King Institute of Preventive Medicine Bacteriolog. Section reports 1907-08
Year: 1907
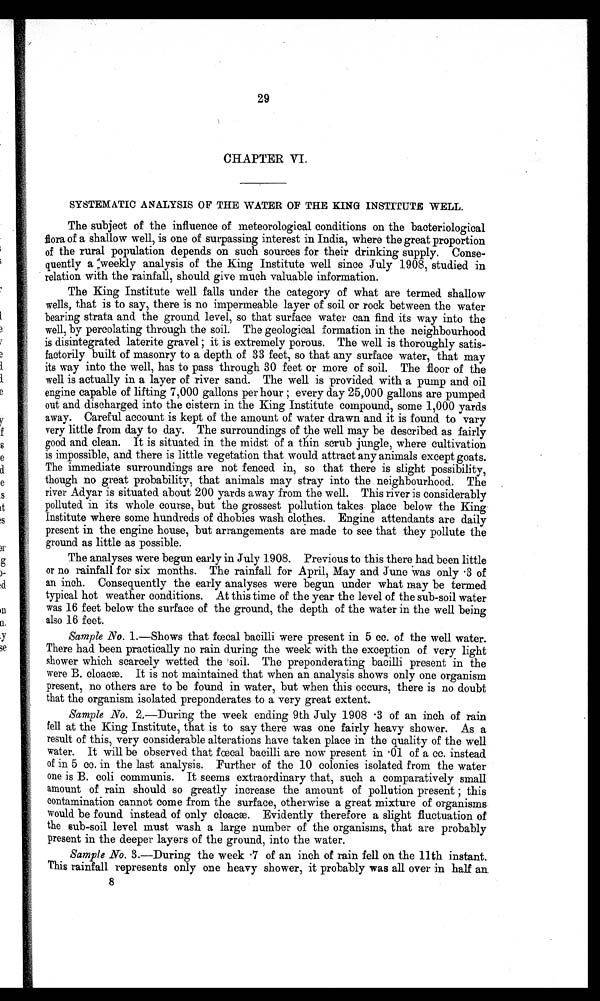
29
CHAPTER VI.
SYSTEMATIC ANALYSIS OF THE WATER OF THE KING INSTITUTE WELL.
The subject of the influence of meteorological conditions on the bacteriological
flora of a shallow well, is one of surpassing interest in India, where the great proportion
of the rural population depends on such sources for their drinking supply. Conse-
quently a :weekly analysis of the King Institute well since July 1908, studied in
relation with the rainfall, should give much valuable information.
The King Institute well falls under the category of what are termed shallow
wells, that is to say, there is no impermeable layer of soil or rock between the water
bearing strata and the ground level, so that surface water can find its way into the
well, by percolating through the soil. The geological formation in the neighbourhood
is disintegrated laterite gravel; it is extremely porous. The well is thoroughly satis-
factorily built of masonry to a depth of 33 feet, so that any surface water, that may
its way into the well, has to pass through 30 feet or more of soil. The floor of the
well is actually in a layer of river sand. The well is provided with a pump and oil
engine capable of lifting 7,000 gallons per hour; every day 25,000 gallons are pumped
out and discharged into the cistern in the King Institute compound, some 1,000 yards
away. Careful account is kept of the amount of water drawn and it is found. to vary
very little from day to day. The surroundings of the well may be described as fairly
good and. clean. It is situated in the midst of a thin scrub jungle, where cultivation
is impossible, and. there is little vegetation that would attract any animals except goats.
The immediate surroundings are not fenced. in, so that there is slight possibility,
though no great probability, that animals may stray into the neighbourhood.. The
river Adyar is situated about 200 yards away from the well. This river is considerably
polluted. in its whole course, but the grossest pollution takes place below the King
Institute where some hundreds of dhobies wash clothes. Engine attendants are daily
present in the engine house, but arrangements are made to see that they pollute the
ground as little as possible.
The analyses were begun early in July 1908. Previous to this there had been little
or no rainfall for six months. The rainfall for April, May and June was only .3 of
an inch. Consequently the early analyses were begun under what may be termed.
typical hot weather conditions. At this time of the year the level of the sub-soil water
was 16 feet below the surface of the ground, the depth of the water in the well being
also 16 feet.
Sample No. 1.—Shows that fecal bacilli were present in 5 cc. of the well water.
There had been practically no rain during the week with the exception of very light
shower which scarcely wetted. the 'soil. The preponderating bacilli present in the
were B. cloacm. It is not maintained that when an analysis shows only one organism
present, no others are to be found in water, but when this occurs, there is no doubt
that the organism isolated preponderates to a very great extent.
Sample No. 2,—During the week ending 9th July 1908 3 of an inch of rain
fell at the King Institute, that is to say there was one fairly heavy shower. As a
result of this, very considerable alterations have taken place in the quality of the well
water. It will be observed. that fecal bacilli are now present in 01 of a cc. instead.
of in 5 cc. in the last analysis. Further of the 10 colonies isolated from the water
one is B. coli communis. It seems extraordinary that, such a comparatively small
amount of rain should so greatly increase the amount of pollution present; this
contamination cannot come from the surface, otherwise a great mixture of organisms
would be found. instead. of only cloacae. Evidently therefore a slight fluctuation of
the sub-soil level must wash a large number of the organisms, that are probably
present in the deeper layers of the ground, into the water.
Sample No. 3.—During the week 7 of an inch of rain fell on the 11th instant.
This rainfall represents only one heavy shower, it probably was all over in half an.
8